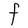
Character: F